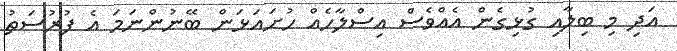
އަދި މި ބިލާއި ގުޅިގެން އެއްވެސް އިސްލާހެއް ހުށައަޅަން ބޭނުންނަމަ އެ ފުރުސަތު